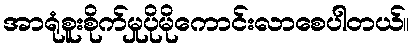
အာရုံစူးစိုက်မှုပိုမိုကောင်းလာစေပါတယ်။